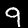
Label: 9